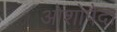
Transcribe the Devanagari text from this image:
ओशोपैदा